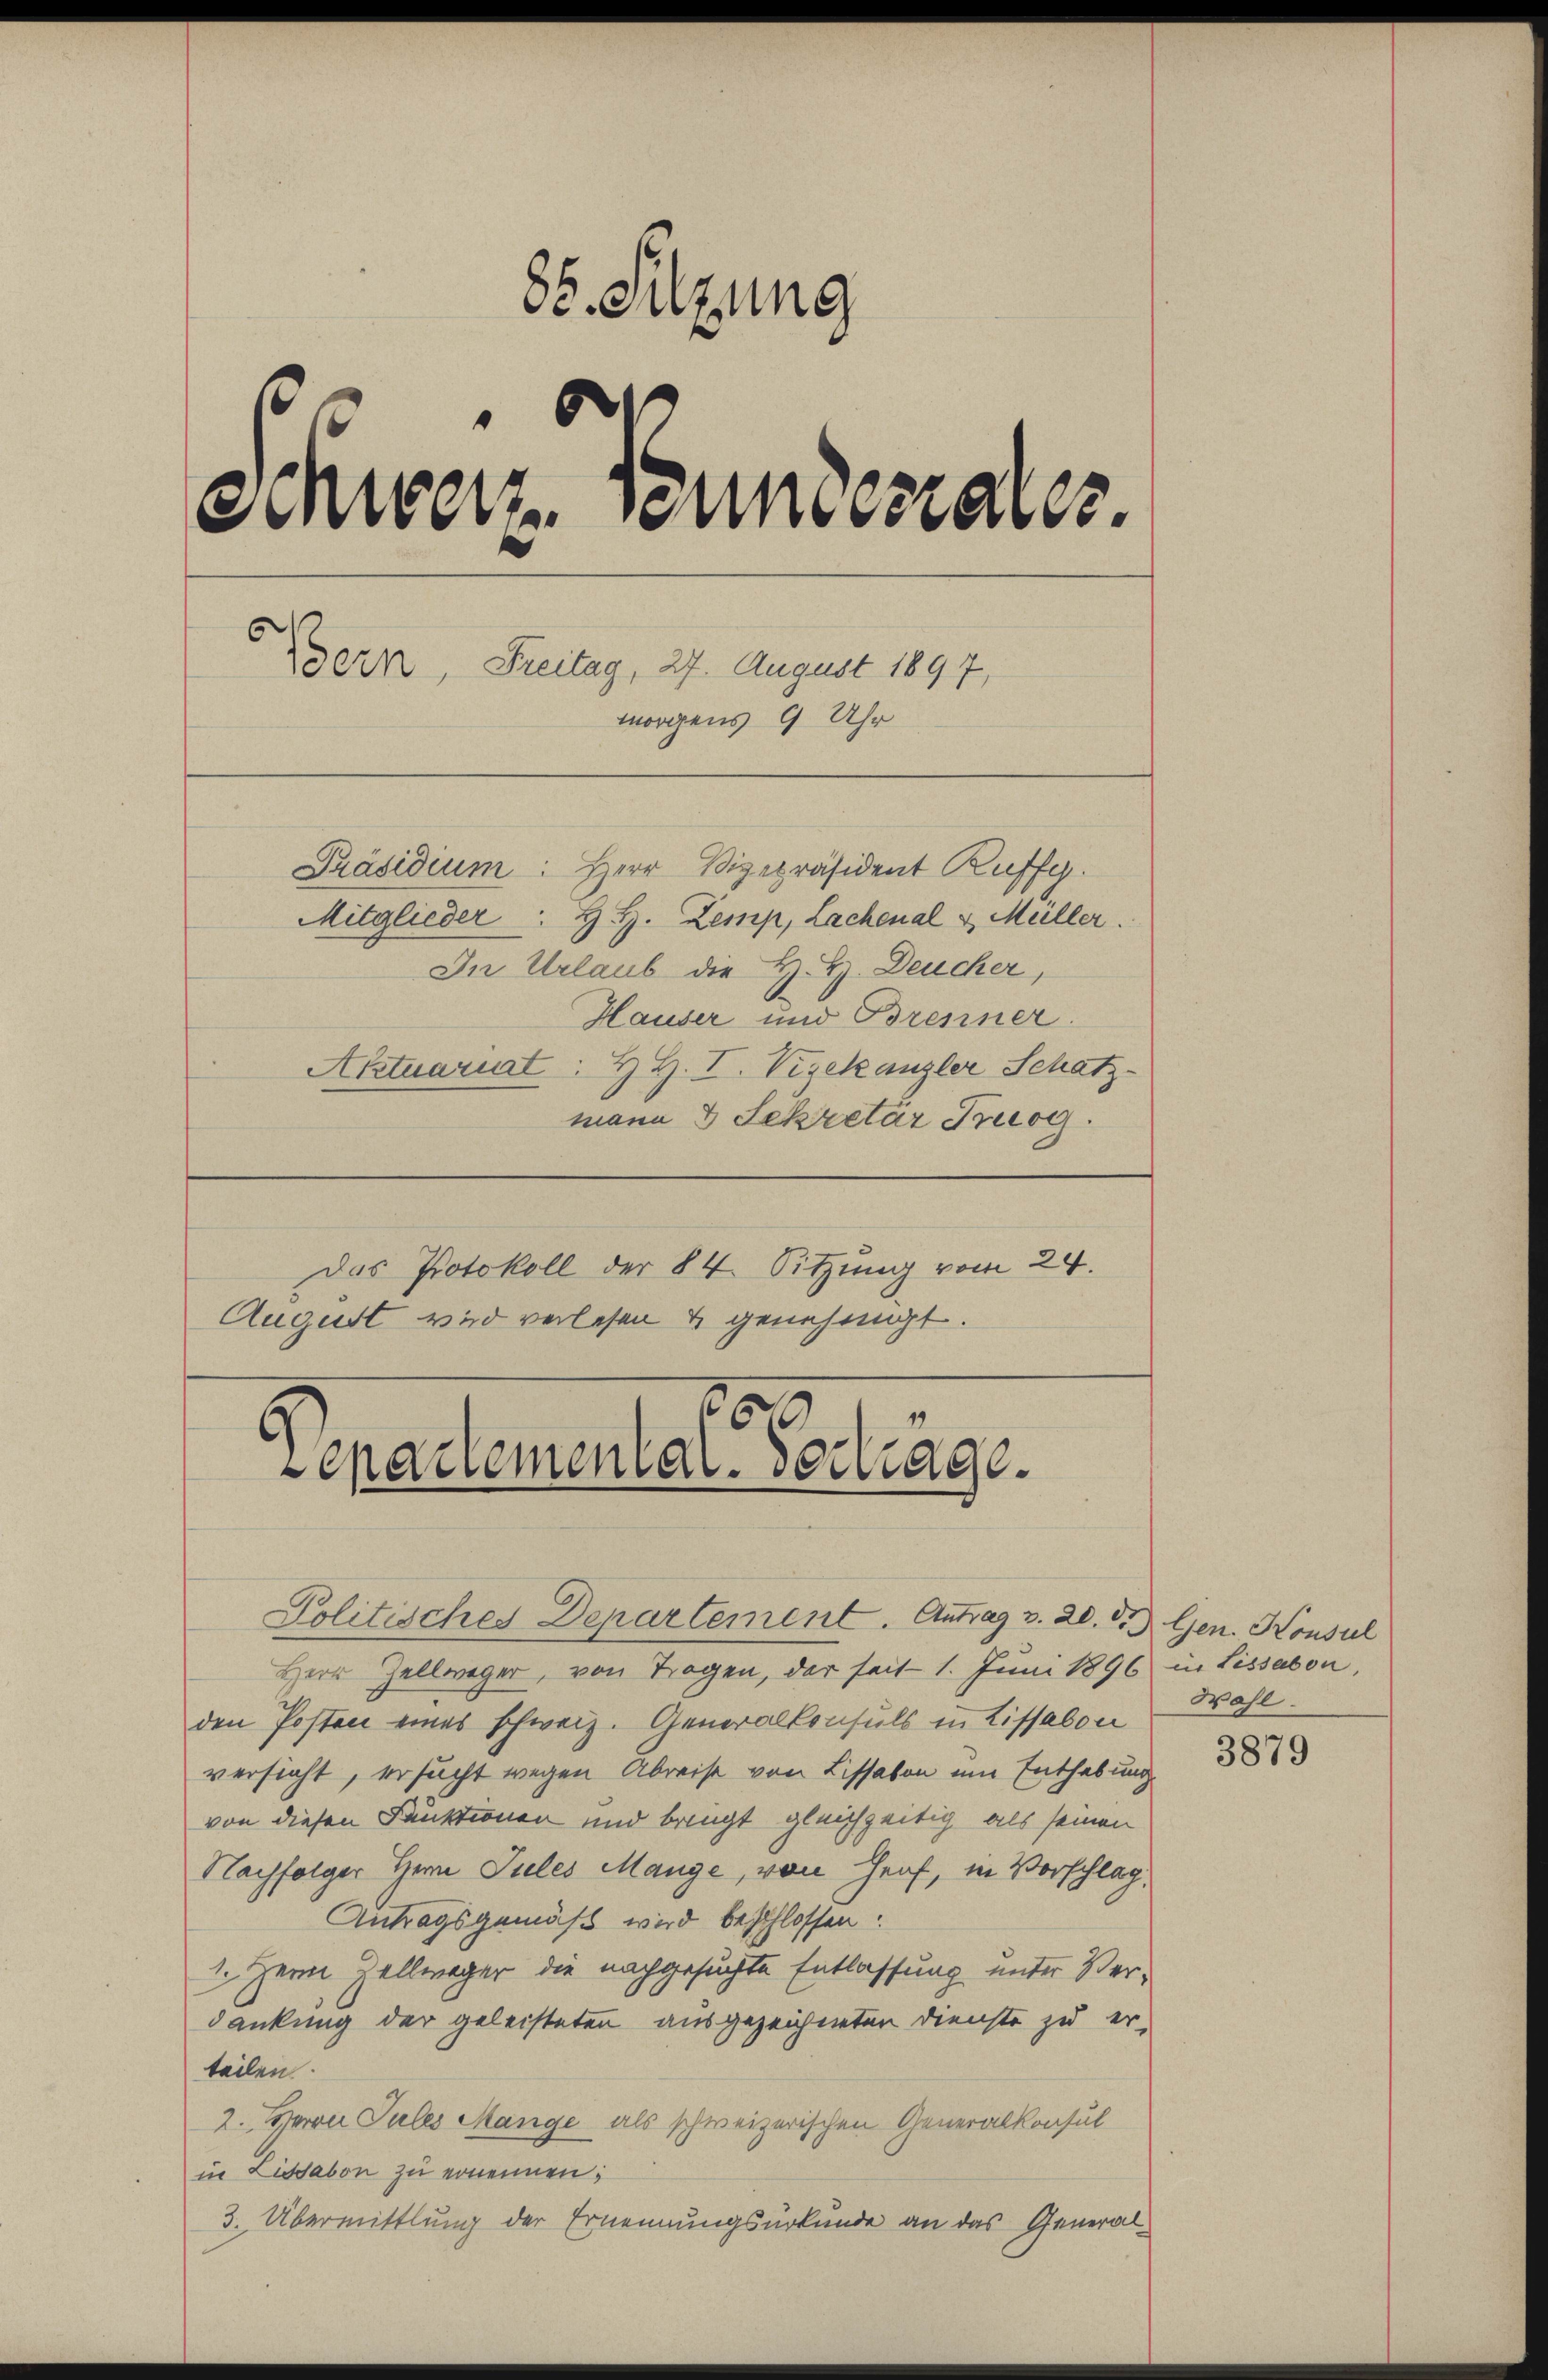
85. Sitzung
¬
“
Schweiz. Semmesrates.
Bern, Freitag, 27. August 1897,
morgens 9 Uhr
Präsidium: Herr Vizepräsident Ruffy.
Mitglieder: H. H. Zemp, Lachenal & Müller.
In Urlaub die H. H. Deucher,
Hauser und Brenner.
Aktuariat: H. H. I. Vizekanzler Schatz-
mann 3 Sekretär Truog.

Das Protokoll der § 4. Sitzung vom 24.
August wird verlesen & genehmigt.

99
Senduemend vertrage.
Politisches Departement. Antrag v. 20. d. Gen. Konsul

Herr Zellweger, von Tragen, der seit 1. Juni 1896 in Lissabon,
den Posten eines schweiz. Generalkonsuls in Lissabon
versicht, ersucht wegen Abreise von Lissabon um Enthebung
von diesen Funktionen und bringt gleichzeitig als seinen
Nachfolger Herrn Jules Mange, von Genf, in Vorschlag,
Antragsgemäß wird beschlossen:
1 Herrn Zellweger die nachgesuchte Entlassung unter Verdankung der geleisteten ausgezeichneten Dienste zu er-
teilen.
2. Herrn Pules Mange als schweizerischen Generalkonsul
in Lissabon zu ernennen;
3. Übermittlung der Ernennungsurkunde an das General¬

Wahl.

3879